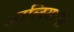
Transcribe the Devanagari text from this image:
आलियाना